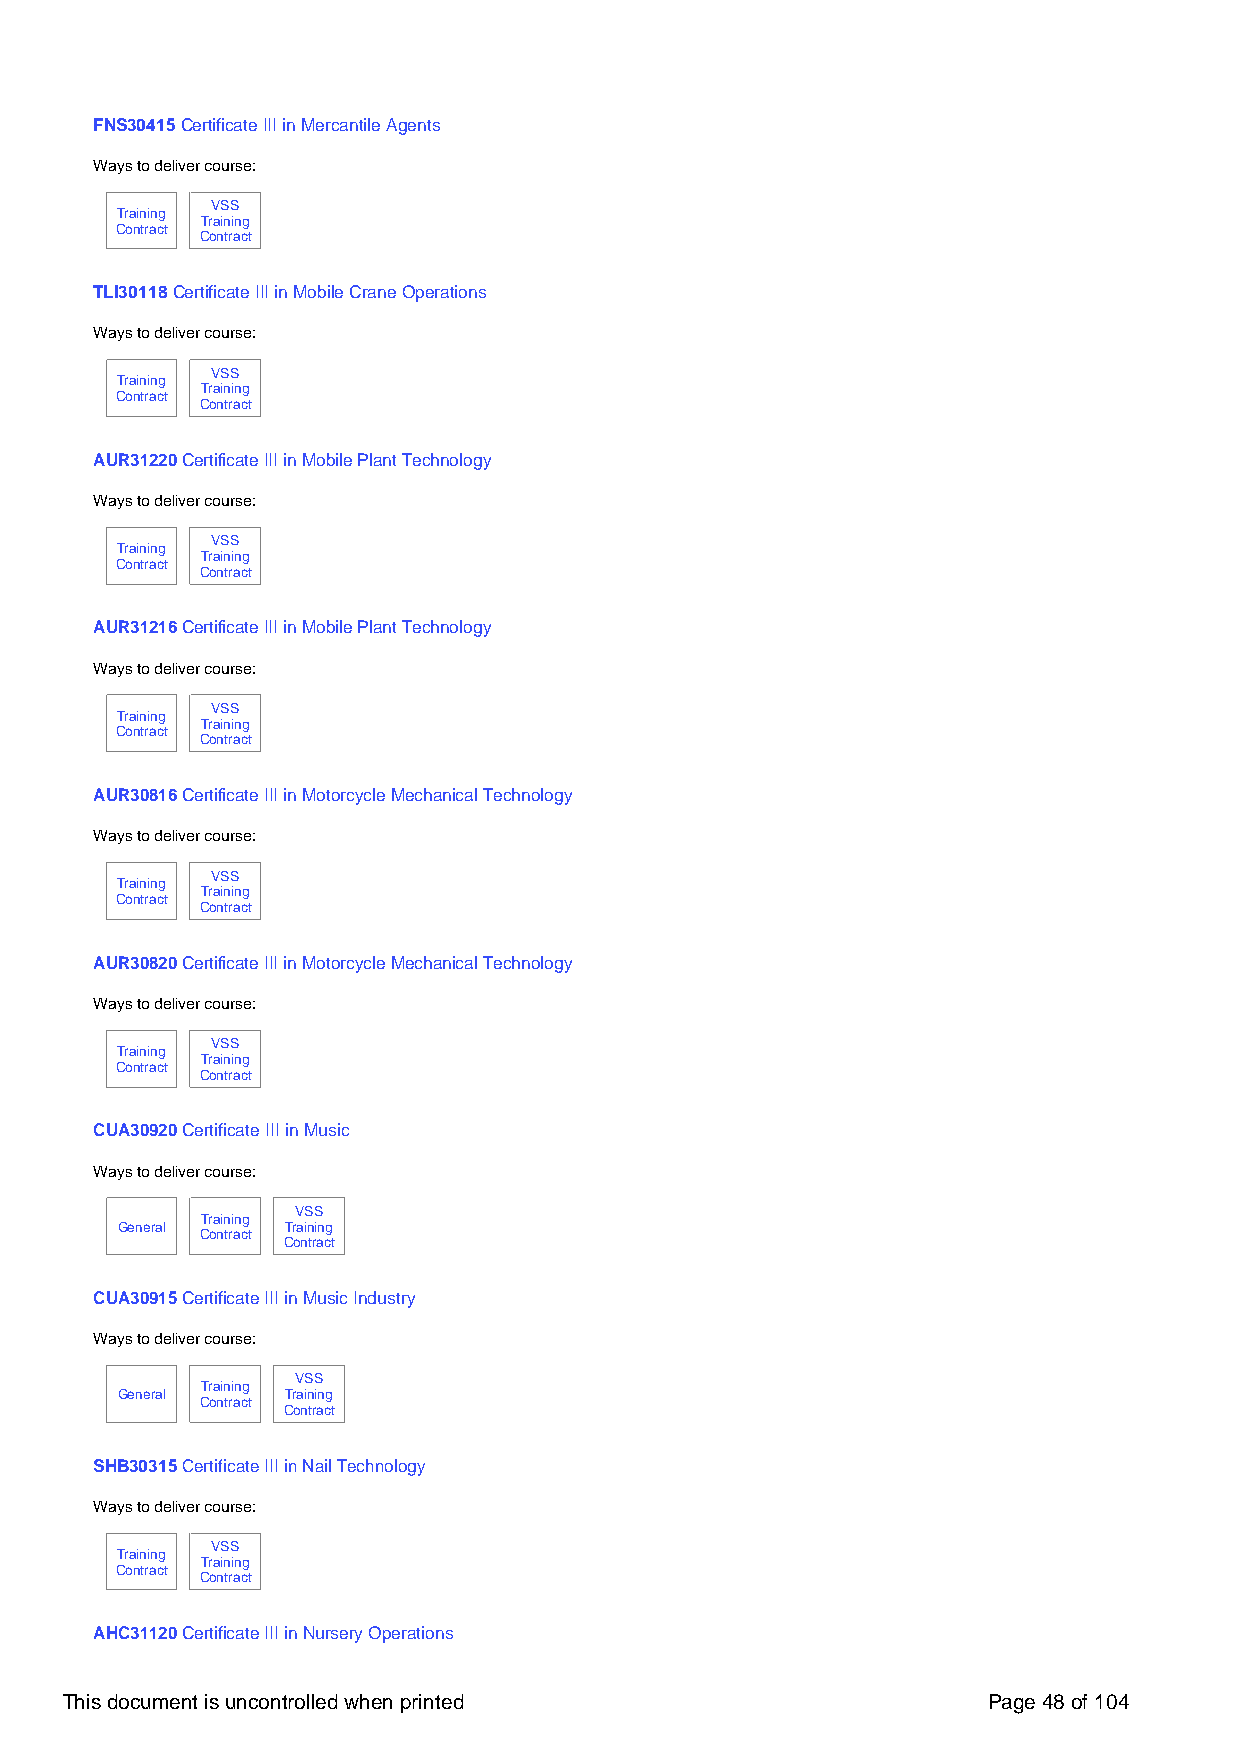
FNS30415 Certificate III in Mercantile Agents
 Ways to deliver course:
 VSS
 Training
 Training
 Contract
 Contract
 TLI30118 Certificate III in Mobile Crane Operations
 Ways to deliver course:
 VSS
 Training
 Training
 Contract
 Contract
 AUR31220 Certificate III in Mobile Plant Technology
 Ways to deliver course:
 VSS
 Training
 Training
 Contract
 Contract
 AUR31216 Certificate III in Mobile Plant Technology
 Ways to deliver course:
 VSS
 Training
 Training
 Contract
 Contract
 AUR30816 Certificate III in Motorcycle Mechanical Technology
 Ways to deliver course:
 VSS
 Training
 Training
 Contract
 Contract
 AUR30820 Certificate III in Motorcycle Mechanical Technology
 Ways to deliver course:
 VSS
 Training
 Training
 Contract
 Contract
 CUA30920 Certificate III in Music
 Ways to deliver course:
 VSS
 Training
 General    Training
 Contract
 Contract
 CUA30915 Certificate III in Music Industry
 Ways to deliver course:
 VSS
 Training
 General    Training
 Contract
 Contract
 SHB30315 Certificate III in Nail Technology
 Ways to deliver course:
 VSS
 Training
 Training
 Contract
 Contract
 AHC31120 Certificate III in Nursery Operations
 This document is uncontrolled when printed                   Page 48 of 104